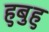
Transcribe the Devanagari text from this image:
हुबुहु